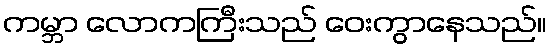
ကမ္ဘာ လောကကြီးသည် ဝေးကွာနေသည်။